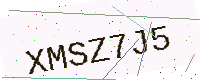
Text: XMSZ7J5